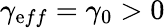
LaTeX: \gamma_{\mathrm{e}ff}=\gamma_{0}>0